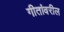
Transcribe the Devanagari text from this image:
गीतांवरील